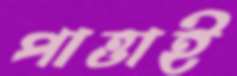
পাত্তাই